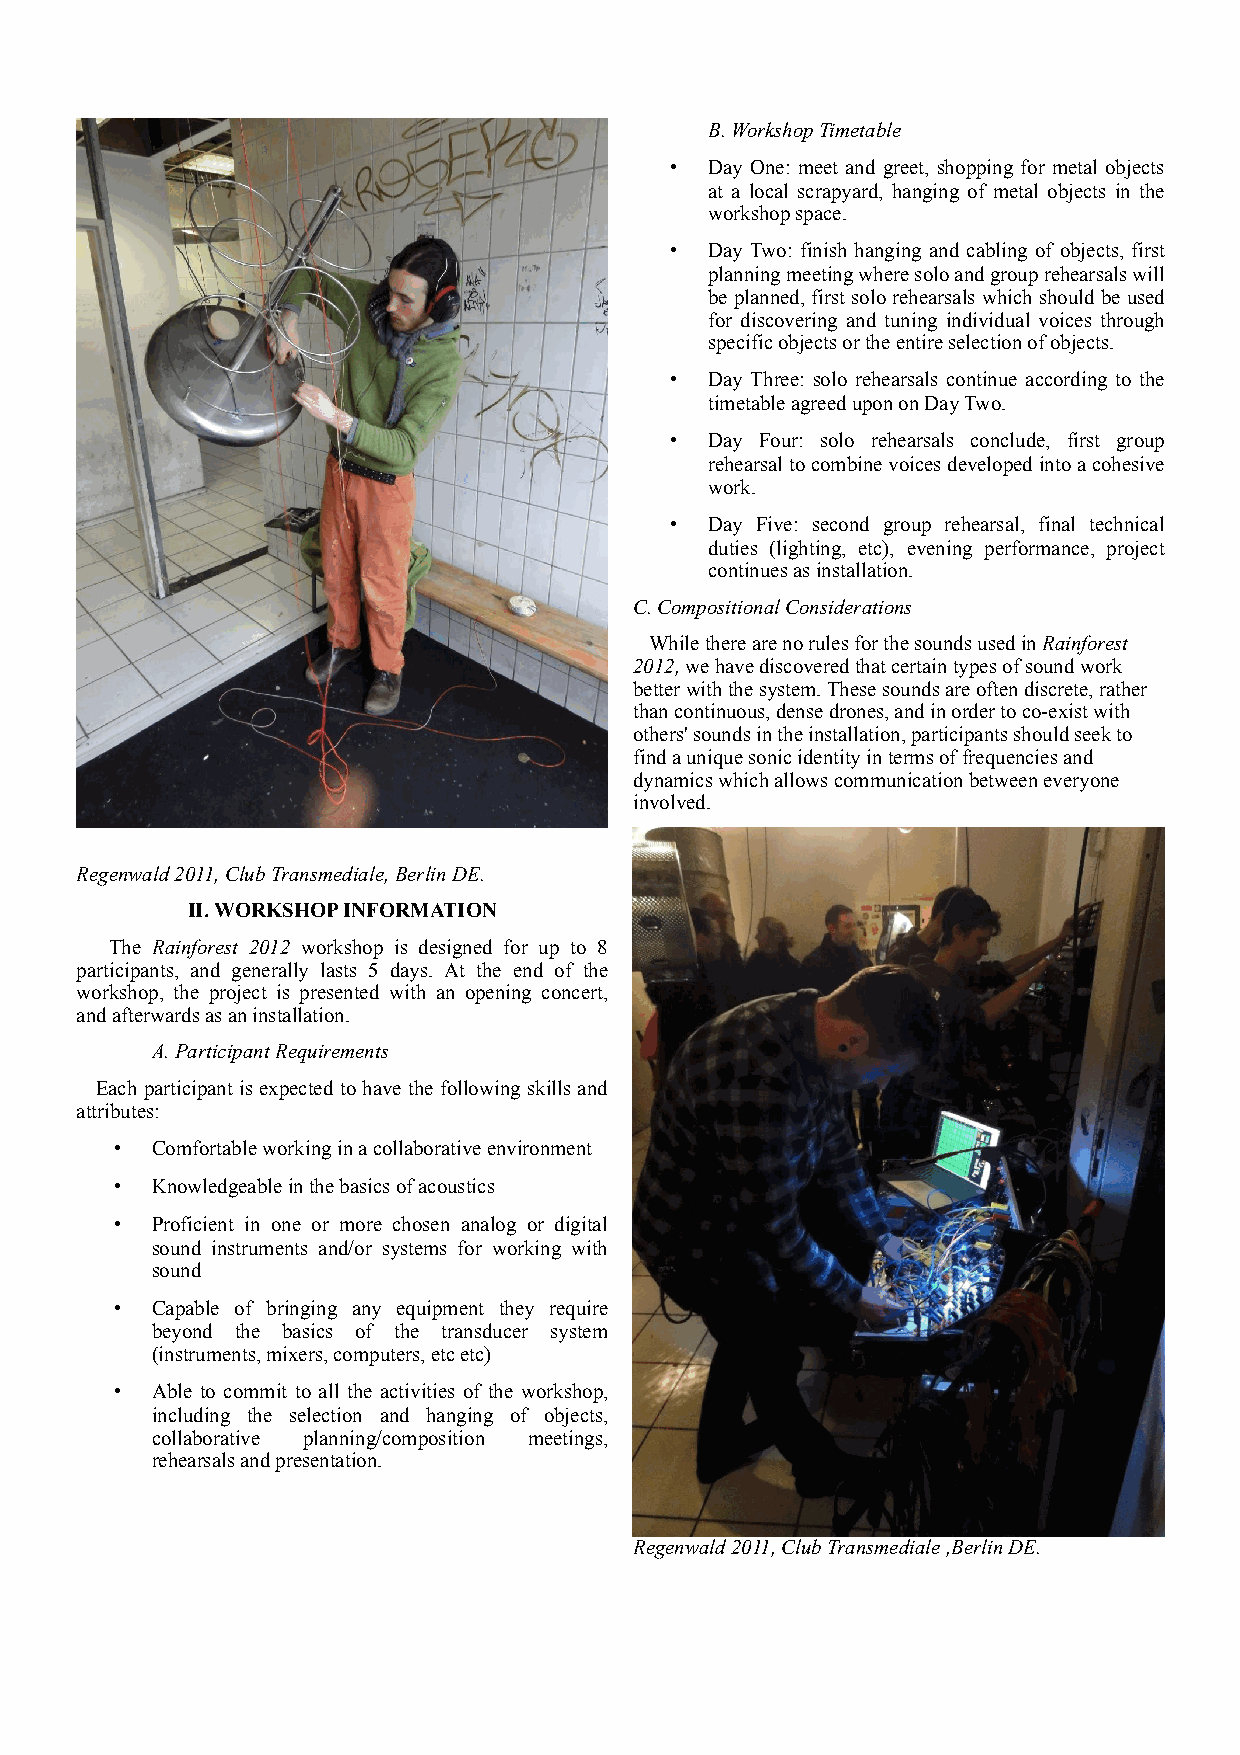
B. Workshop Timetable
 •  Day One: meet and greet, shopping for metal objects
 at a local scrapyard, hanging of metal objects in the
 workshop space.
 •  Day Two: finish hanging and cabling of objects, first
 planning meeting where solo and group rehearsals will
 be planned, first solo rehearsals which should be used
 for discovering and tuning individual voices through
 specific objects or the entire selection of objects.
 •  Day Three: solo rehearsals continue according to the
 timetable agreed upon on Day Two.
 •  Day Four: solo rehearsals conclude, first group
 rehearsal to combine voices developed into a cohesive
 work.
 •  Day Five: second group rehearsal, final technical
 duties (lighting, etc), evening performance, project
 continues as installation.
 C. Compositional Considerations
 While there are no rules for the sounds used in Rainforest
 2012, we have discovered that certain types of sound work
 better with the system. These sounds are often discrete, rather
 than continuous, dense drones, and in order to co-exist with
 others' sounds in the installation, participants should seek to
 find a unique sonic identity in terms of frequencies and
 dynamics which allows communication between everyone
 involved.
 Regenwald 2011, Club Transmediale, Berlin DE.
 II. WORKSHOP INFORMATION
 The Rainforest 2012 workshop is designed for up to 8
 participants, and generally lasts 5 days. At the end of the
 workshop, the project is presented with an opening concert,
 and afterwards as an installation.
 A. Participant Requirements
 Each participant is expected to have the following skills and
 attributes:
 • Comfortable working in a collaborative environment
 • Knowledgeable in the basics of acoustics
 • Proficient in one or more chosen analog or digital
 sound instruments and/or systems for working with
 sound
 • Capable of bringing any equipment they require
 beyond the basics of the transducer system
 (instruments, mixers, computers, etc etc)
 • Able to commit to all the activities of the workshop,
 including the selection and hanging of objects,
 collaborative planning/composition meetings,
 rehearsals and presentation.
 Regenwald 2011, Club Transmediale ,Berlin DE.